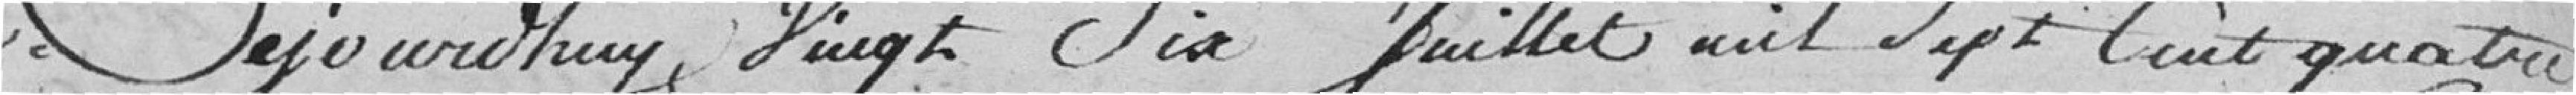
Ce jour d'huy vingt-six juillet mil sept cent quatre